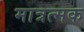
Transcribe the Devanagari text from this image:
मात्रत्मक